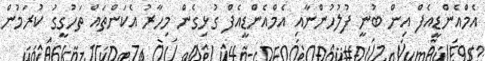
އެމްއެންޑީއެފް އިން ބުނީ ފުލުހުންނާއި އެމްއެންޑީއެފް ގުޅިގެން މިހާރު އެކަންތައް ތަހުގީގު ކުރަމުން